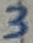
Text: 3